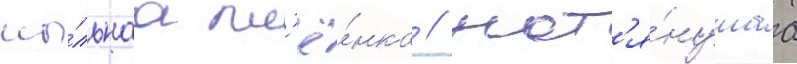
мы́льнаа пл'ё́нка / нат'я́нутаа